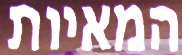
המאיות